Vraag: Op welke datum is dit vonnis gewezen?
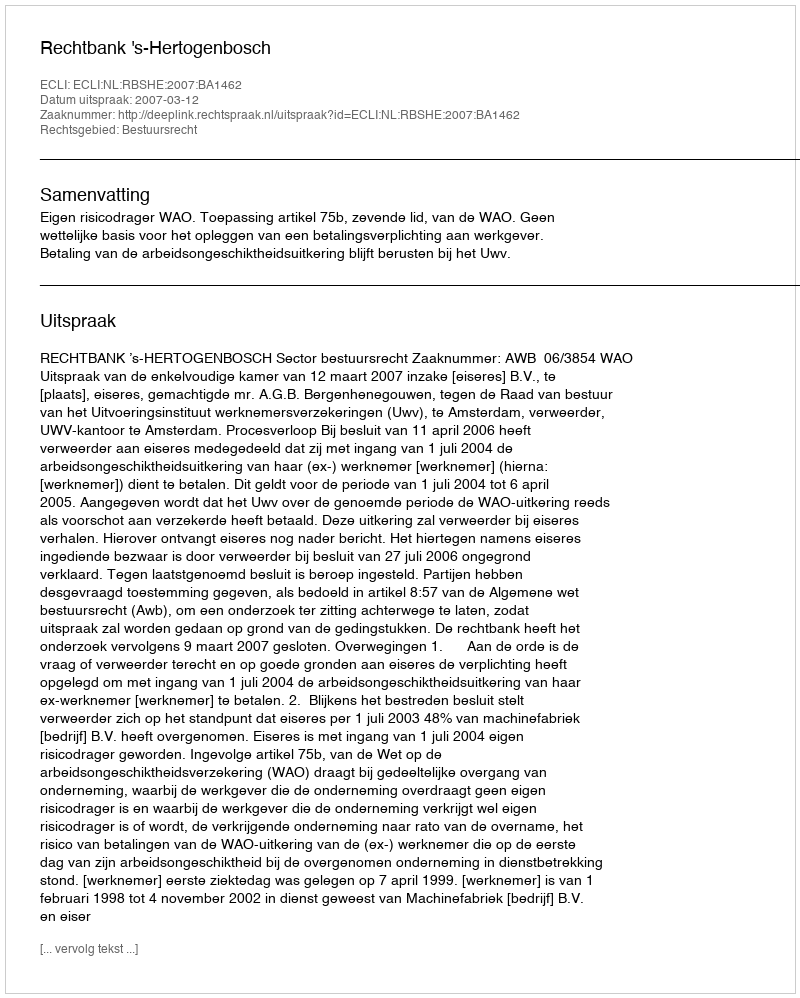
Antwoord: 2007-03-12